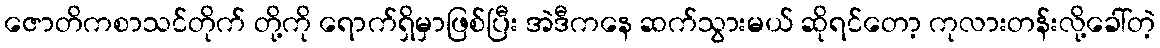
ဇောတိကစာသင်တိုက် တို့ကို ရောက်ရှိမှာဖြစ်ပြီး အဲဒီကနေ ဆက်သွားမယ် ဆိုရင်တော့ ကုလားတန်းလို့ခေါ်တဲ့